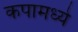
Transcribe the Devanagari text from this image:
कपामध्ये